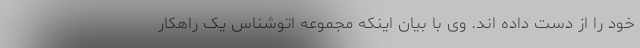
خود را از دست داده اند. وی با بیان اینکه مجموعه اتوشناس یک راهکار